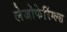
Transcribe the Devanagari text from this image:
लेजोफेरिंग्ल्स